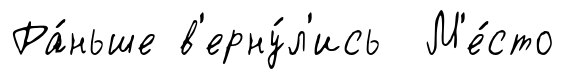
Ра́ньше в'ерну́л'ись М'е́сто